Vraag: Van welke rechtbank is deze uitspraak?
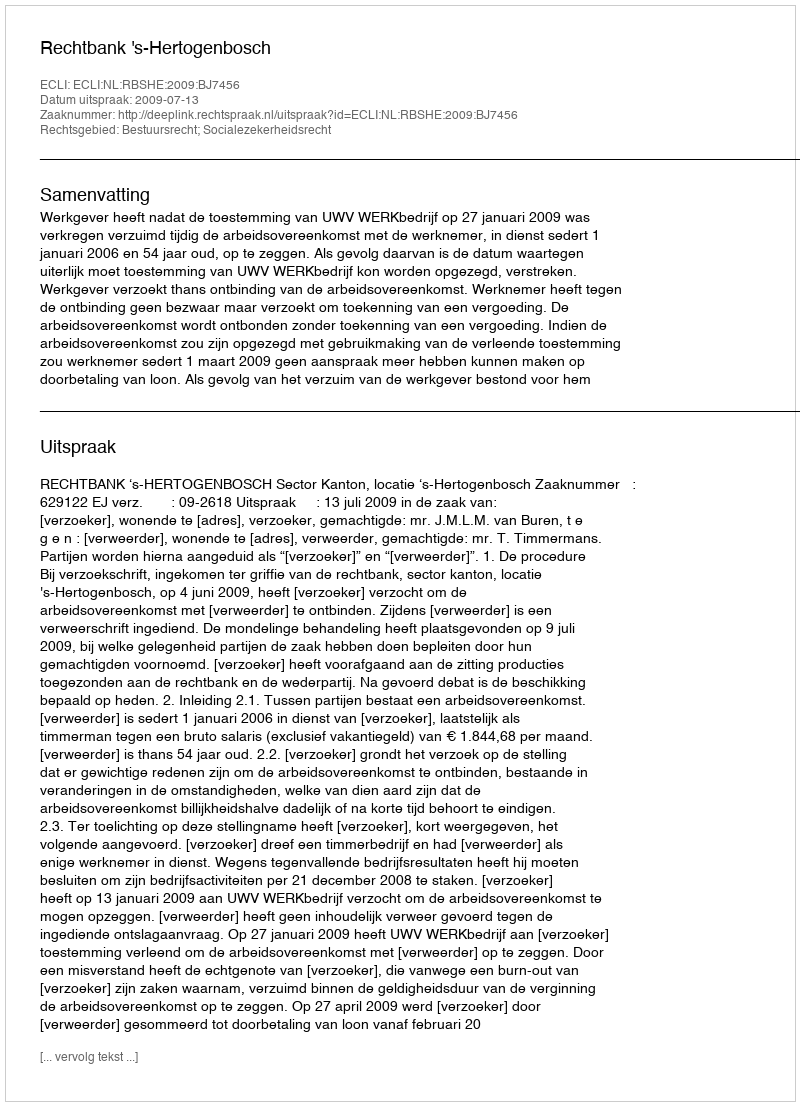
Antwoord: Rechtbank 's-Hertogenbosch